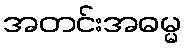
အတင်းအဓမ္မ